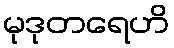
မုဒုတရေဟိ